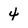
Character: 4